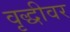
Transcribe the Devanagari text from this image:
वृद्धीवर